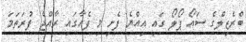
ބްރެޒިލްގެ ސައޯ ޕޯލޯ ގައި އިއްޔެ ފެށި މި ފެއާގައި ރާއްޖެ ފުރަތަމަ